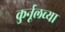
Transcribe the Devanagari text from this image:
कुर्नूलच्या